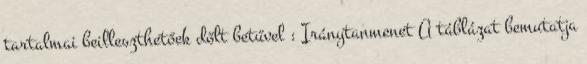
tartalmai beilleszthetőek dőlt betűvel : Iránytanmenet A táblázat bemutatja